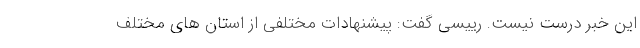
این خبر درست نیست. رییسی گفت: پیشنهادات مختلفی از استان های مختلف